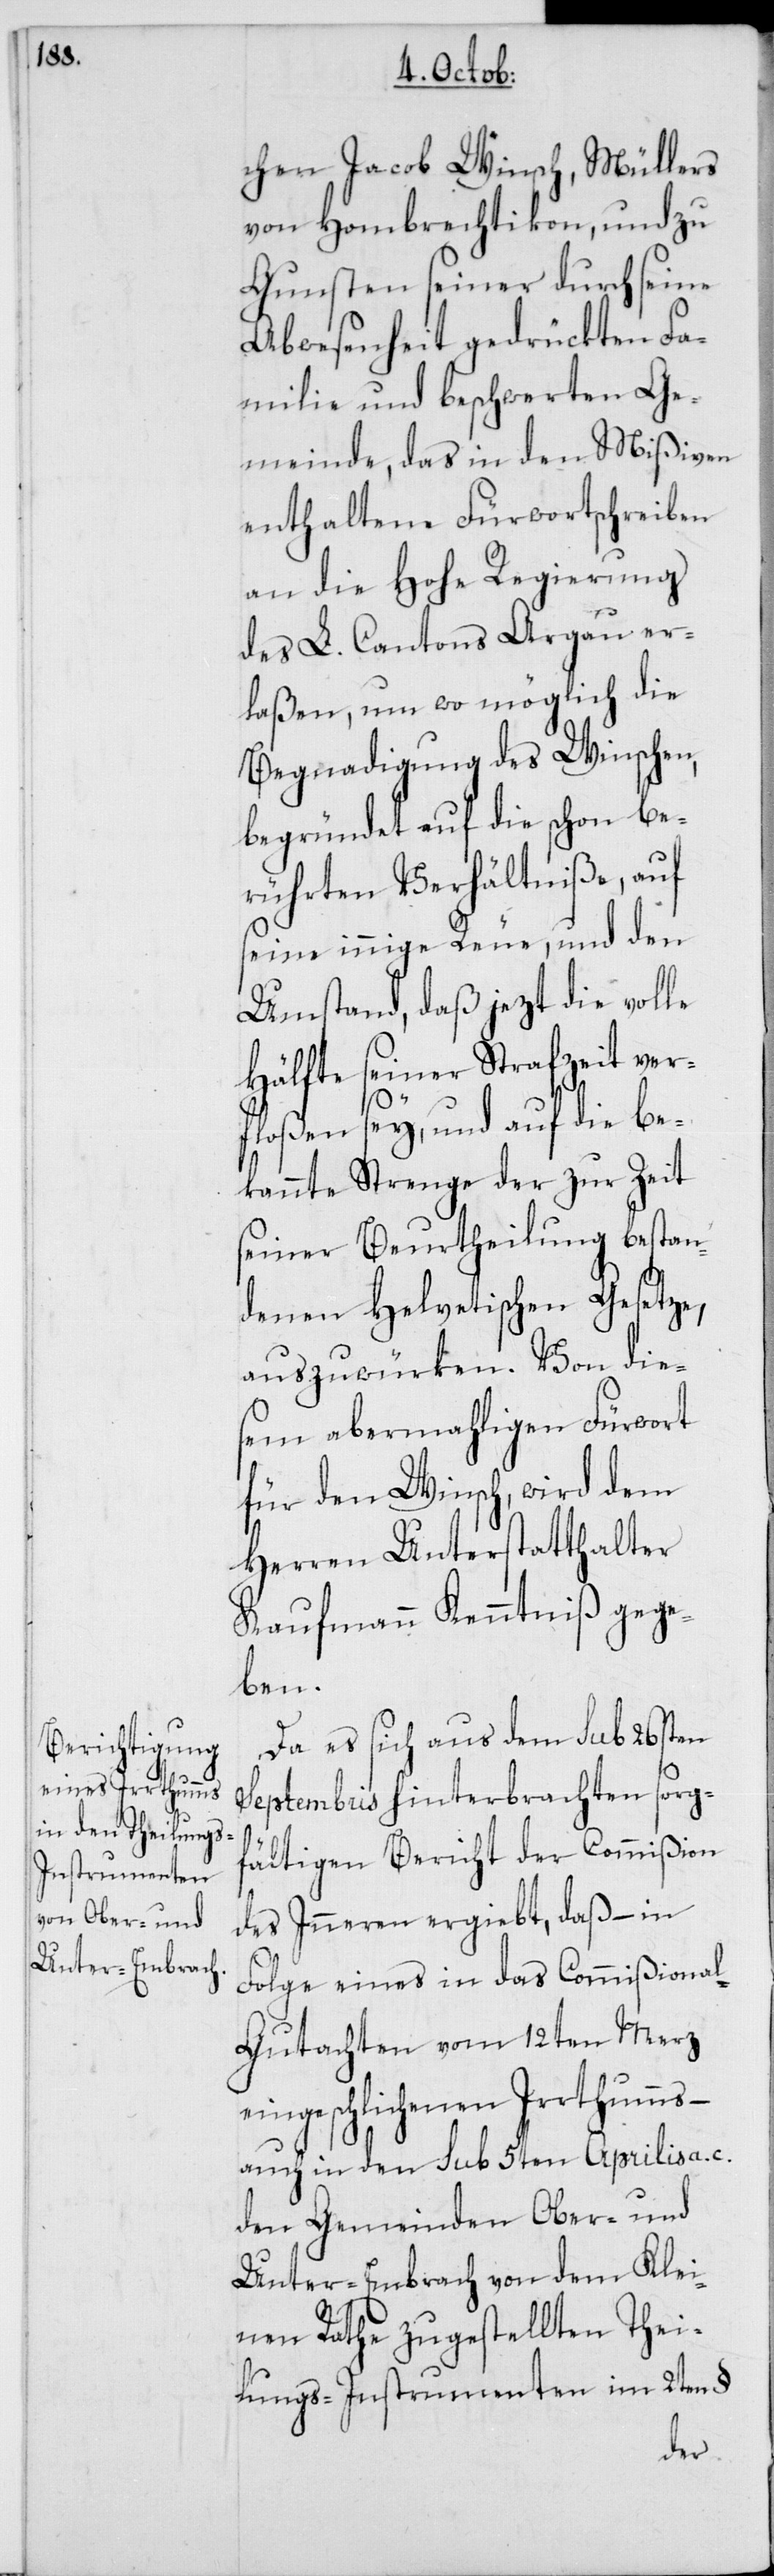
chen Jacob Winsch, Müllers
von Hombrechtikon, und zu
Gunsten seiner durch seine
Abwesenheit gedrückten Fa¬
milie und beschwerten Ge¬
meinde, das in den Mißiven
enthaltene Fürwortschreiben
an die hohe Regierung
des lobl. Cantons Aargau er¬
laßen, um wo möglich die
Begnadigung des Winschen,
begründet auf die schon be¬
rührten Verhältniße, auf
seine innige Reue und den
Umstand, daß jetzt die volle
Hälfte seiner Strafzeit ver¬
floßen sey, und auf die be¬
kannte Strenge der zur Zeit
seiner Beurtheilung bestan¬
denen helvetischen Gesetze,
em abermaligen Fürwort
für den Winsch, wird dem
Herren Unterstatthalter
Kaufmann Kenntniß gege¬
ben.
Da es sich aus dem sub 26sten
Septembris hinterbrachten sorg¬
fältigen Bericht der Commißion
des Inneren ergiebt, daß – in
Folge eines in das Commißiona¬
l-Gutachten vom 12ten Merz
ingeschlichenen Irrthums,
auch in den sub 5ten Aprilis a. c.
den Gemeinden Ober- und
Unterembrach von dem Klei¬
nen Rathe zugestellten Thei¬
lungs-Instrumenten im 2ten §
e¬